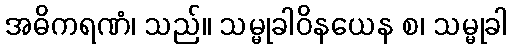
အဓိကရဏံ၊ သည်။ သမ္မုခါဝိနယေန စ၊ သမ္မုခါ